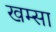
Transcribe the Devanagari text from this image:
खम्सा